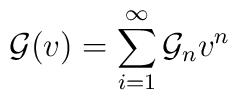
{\cal G}(v)=\sum_{i=1}^{\infty} {\cal G}_n v^n